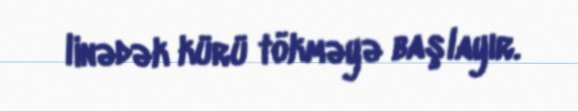
linədək kürü tökməyə başlayır.